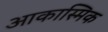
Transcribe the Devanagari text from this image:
आकास्मिक